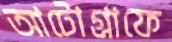
আটোগ্রাফে